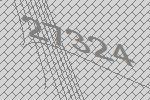
27324